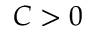
C > 0